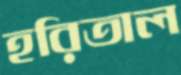
হরিতাল